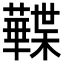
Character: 𧃹